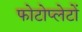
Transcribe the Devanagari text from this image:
फोटोप्लेटों